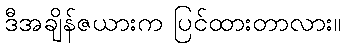
ဒီအချိန်ဇယားက ပြင်ထားတာလား။